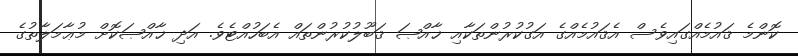
ކޮންމެ ޤައުމެއްގައިވެސް އެޤައުމެއްގެ އަގުކުރުންތަކާއި ޚާއްޞަ ޤަބޫލުކުރުންތައް އެބަހުއްޓެވެ. އަދި ޚާއްޞަކޮށް މުޢާމަލާތުގެ